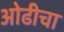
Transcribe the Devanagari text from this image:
ओढीचा